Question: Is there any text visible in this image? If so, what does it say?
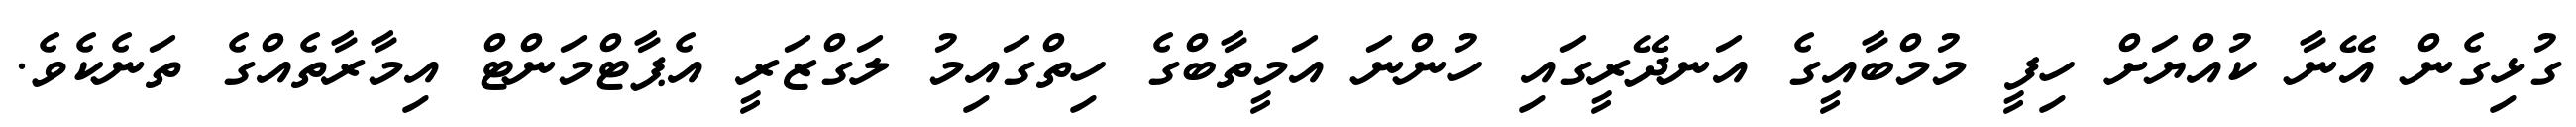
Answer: ގުޅިގެން އޭނާ ކުއްޔަށް ހިފީ މުމްބާއީގެ އަނދޭރީގައި ހުންނަ އަމީތާބްގެ ހިތްގައިމު ލަގްޒަރީ އެޕާޓްމަންޓް އިމާރާތެއްގެ ތަނެކެވެ.